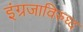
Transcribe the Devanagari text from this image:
इंग्रजाविरुध्द